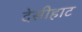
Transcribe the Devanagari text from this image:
देसीहाट